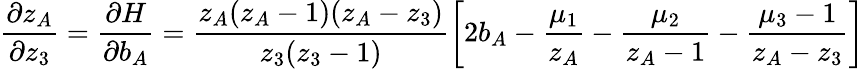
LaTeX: \frac{\partial z_{A}}{\partial z_{3}}=\frac{\partial H}{\partial b_{A}}=\frac{z_{A}(z_{A}-1)(z_{A}-z_{3})}{z_{3}(z_{3}-1)}\left[2b_{A}-\frac{\mu_{1}}{z_{A}}-\frac{\mu_{2}}{z_{A}-1}-\frac{\mu_{3}-1}{z_{A}-z_{3}}\right]